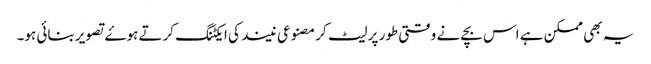
یہ بھی ممکن ہے اس بچے نے وقتی طور پر لیٹ کر مصنوعی نیند کی ایکٹنگ کرتے ہوۓ تصویر بنائی ہو۔